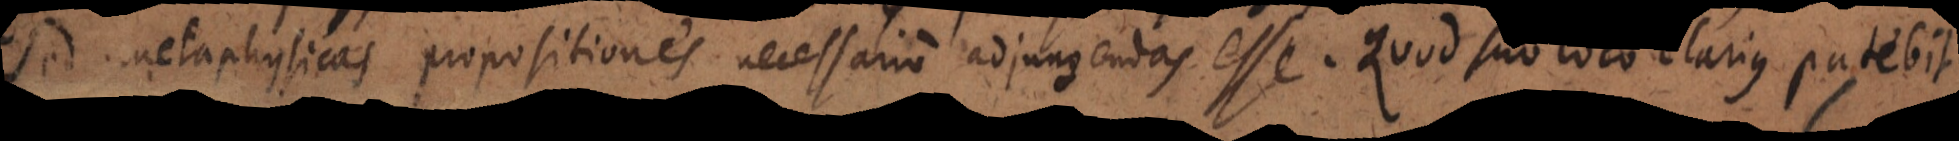
sed metaphysicas propositiones necessario adjungendas esse. Quod suo loco clarius patebit